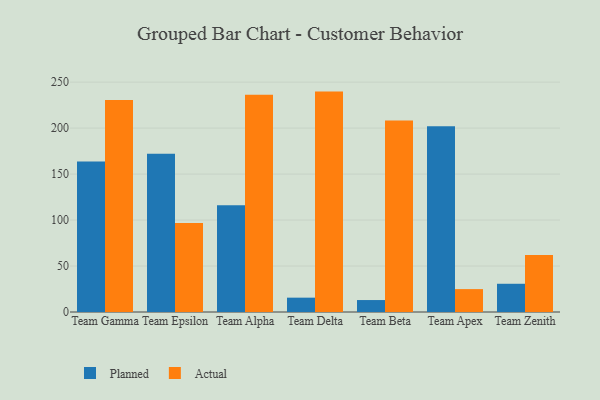
{"axis": {"x": "Team", "y": "Market Share (%)"}, "legend": ["Actual", "Planned"], "data": [{"x": "Team Gamma", "y": 163.8, "type": "Planned"}, {"x": "Team Gamma", "y": 230.5, "type": "Actual"}, {"x": "Team Epsilon", "y": 172.1, "type": "Planned"}, {"x": "Team Epsilon", "y": 96.8, "type": "Actual"}, {"x": "Team Alpha", "y": 116.0, "type": "Planned"}, {"x": "Team Alpha", "y": 236.2, "type": "Actual"}, {"x": "Team Delta", "y": 15.6, "type": "Planned"}, {"x": "Team Delta", "y": 239.7, "type": "Actual"}, {"x": "Team Beta", "y": 13.0, "type": "Planned"}, {"x": "Team Beta", "y": 208.3, "type": "Actual"}, {"x": "Team Apex", "y": 202.1, "type": "Planned"}, {"x": "Team Apex", "y": 24.9, "type": "Actual"}, {"x": "Team Zenith", "y": 30.7, "type": "Planned"}, {"x": "Team Zenith", "y": 61.9, "type": "Actual"}]}